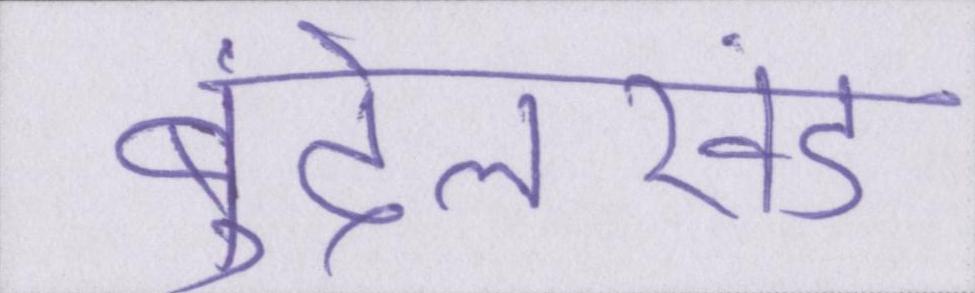
बुंदेलखंड